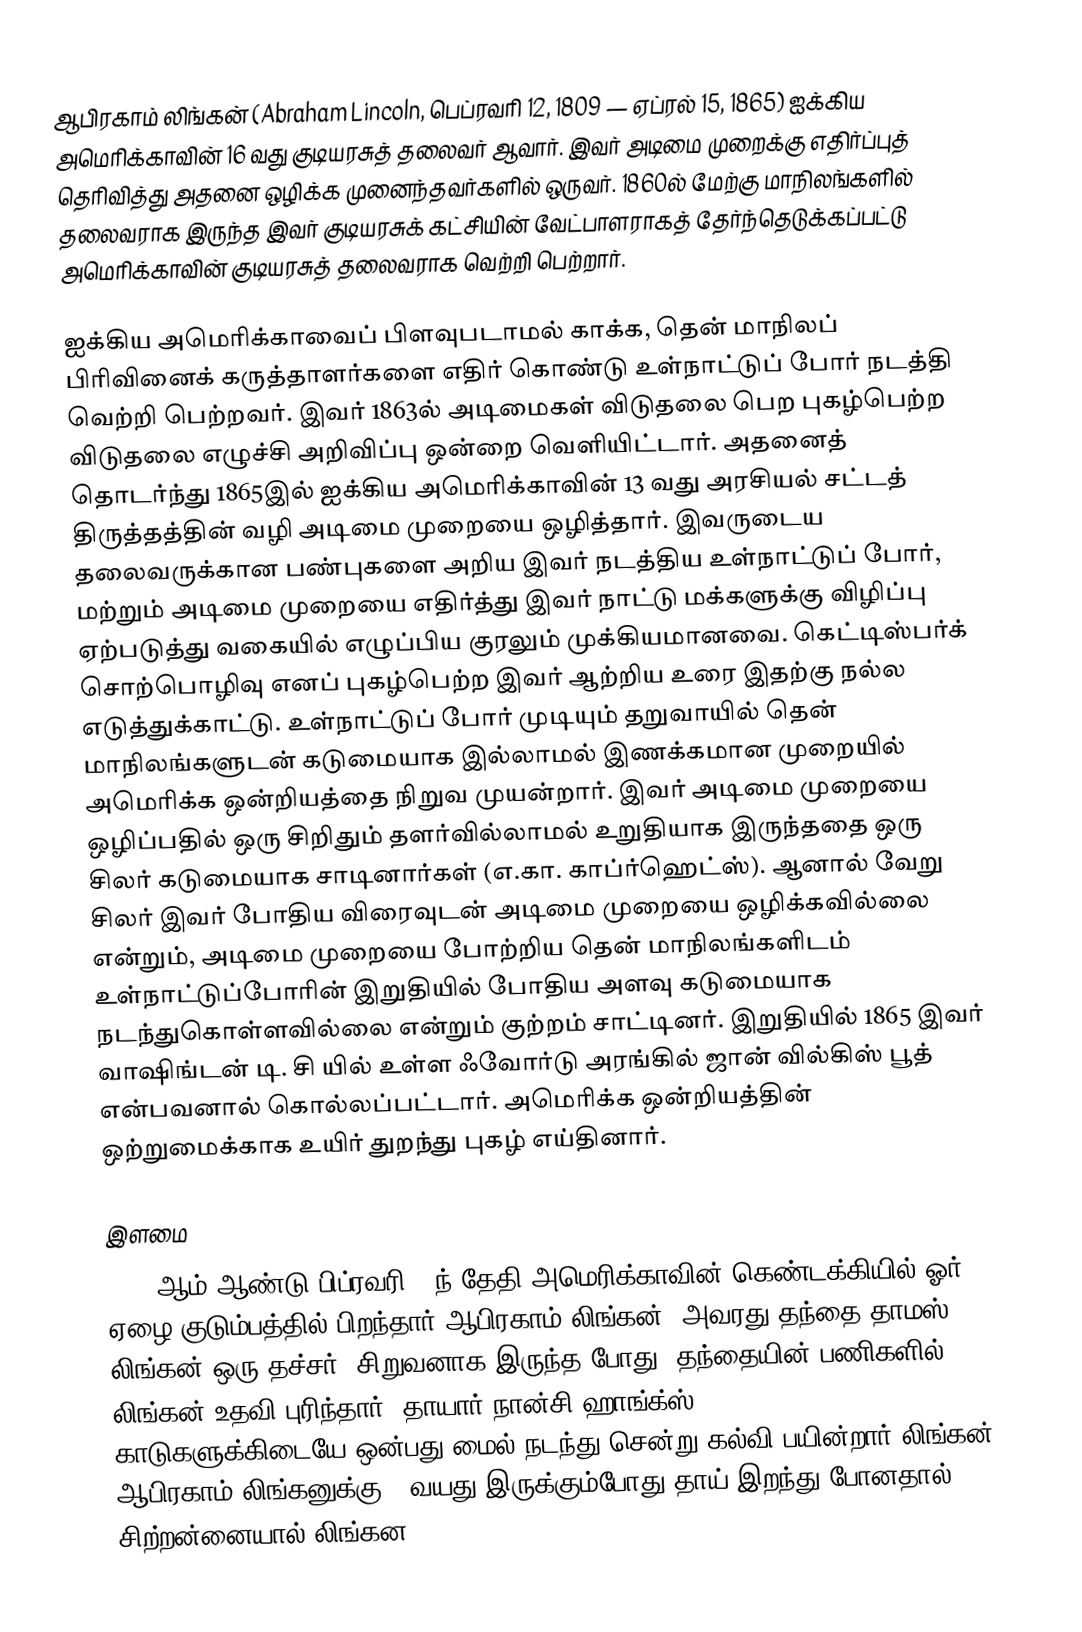
ஆபிரகாம் லிங்கன் (Abraham Lincoln, பெப்ரவரி 12, 1809 — ஏப்ரல் 15, 1865) ஐக்கிய அமெரிக்காவின் 16 வது குடியரசுத் தலைவர் ஆவார். இவர் அடிமை முறைக்கு எதிர்ப்புத் தெரிவித்து அதனை ஒழிக்க முனைந்தவர்களில் ஒருவர். 1860ல் மேற்கு மாநிலங்களில் தலைவராக இருந்த இவர் குடியரசுக் கட்சியின் வேட்பாளராகத் தேர்ந்தெடுக்கப்பட்டு அமெரிக்காவின் குடியரசுத் தலைவராக வெற்றி பெற்றார்.

ஐக்கிய அமெரிக்காவைப் பிளவுபடாமல் காக்க, தென் மாநிலப் பிரிவினைக் கருத்தாளர்களை எதிர் கொண்டு உள்நாட்டுப் போர் நடத்தி வெற்றி பெற்றவர். இவர் 1863ல் அடிமைகள் விடுதலை பெற புகழ்பெற்ற விடுதலை எழுச்சி அறிவிப்பு ஒன்றை வெளியிட்டார். அதனைத் தொடர்ந்து 1865இல் ஐக்கிய அமெரிக்காவின் 13 வது அரசியல் சட்டத் திருத்தத்தின் வழி அடிமை முறையை ஒழித்தார். இவருடைய தலைவருக்கான பண்புகளை அறிய இவர் நடத்திய உள்நாட்டுப் போர், மற்றும் அடிமை முறையை எதிர்த்து இவர் நாட்டு மக்களுக்கு விழிப்பு ஏற்படுத்து வகையில் எழுப்பிய குரலும் முக்கியமானவை. கெட்டிஸ்பர்க் சொற்பொழிவு எனப் புகழ்பெற்ற இவர் ஆற்றிய உரை இதற்கு நல்ல எடுத்துக்காட்டு. உள்நாட்டுப் போர் முடியும் தறுவாயில் தென் மாநிலங்களுடன் கடுமையாக இல்லாமல் இணக்கமான முறையில் அமெரிக்க ஒன்றியத்தை நிறுவ முயன்றார். இவர் அடிமை முறையை ஒழிப்பதில் ஒரு சிறிதும் தளர்வில்லாமல் உறுதியாக இருந்ததை ஒரு சிலர் கடுமையாக சாடினார்கள் (எ.கா. காப்ர்ஹெட்ஸ்). ஆனால் வேறு சிலர் இவர் போதிய விரைவுடன் அடிமை முறையை ஒழிக்கவில்லை என்றும், அடிமை முறையை போற்றிய தென் மாநிலங்களிடம் உள்நாட்டுப்போரின் இறுதியில் போதிய அளவு கடுமையாக நடந்துகொள்ளவில்லை என்றும் குற்றம் சாட்டினர். இறுதியில் 1865 இவர் வாஷிங்டன் டி. சி யில் உள்ள ஃவோர்டு அரங்கில் ஜான் வில்கிஸ் பூத் என்பவனால் கொல்லப்பட்டார். அமெரிக்க ஒன்றியத்தின் ஒற்றுமைக்காக உயிர் துறந்து புகழ் எய்தினார்.

இளமை
1809 ஆம் ஆண்டு பிப்ரவரி 12ந் தேதி அமெரிக்காவின் கெண்டக்கியில் ஓர் ஏழை குடும்பத்தில் பிறந்தார் ஆபிரகாம் லிங்கன். அவரது தந்தை தாமஸ் லிங்கன் ஒரு தச்சர். சிறுவனாக இருந்த போது, தந்தையின் பணிகளில் லிங்கன் உதவி புரிந்தார். தாயார் நான்சி ஹாங்க்ஸ் (Nancy Hanks). காடுகளுக்கிடையே ஒன்பது மைல் நடந்து சென்று கல்வி பயின்றார் லிங்கன். ஆபிரகாம் லிங்கனுக்கு 9 வயது இருக்கும்போது தாய் இறந்து போனதால், சிற்றன்னையால் லிங்கன